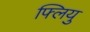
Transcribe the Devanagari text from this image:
फ्लियु